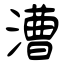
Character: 漕